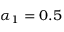
\alpha _ { 1 } = 0 . 5